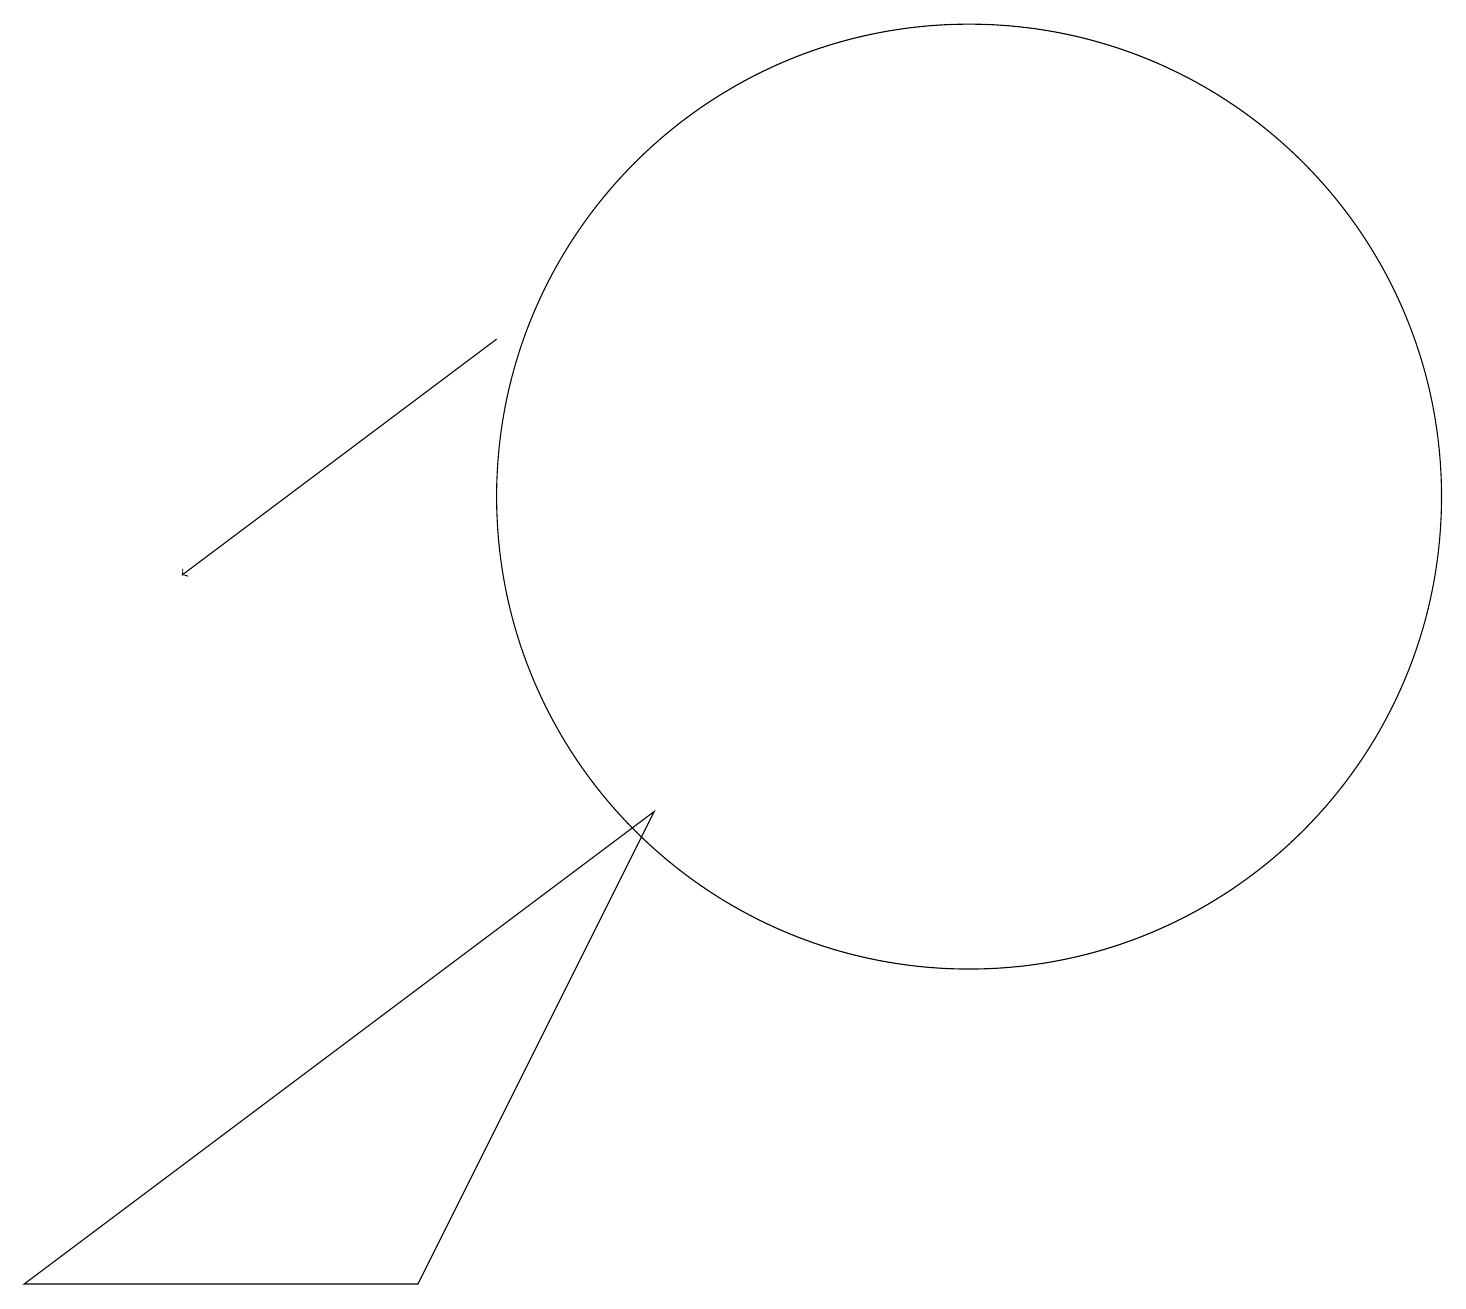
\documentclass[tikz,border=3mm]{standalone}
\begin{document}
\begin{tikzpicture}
\draw[->] (6,13) -- (2,10);
\draw (12,11) circle (6);
\draw (5,1) -- (0,1) -- (8,7) -- cycle;
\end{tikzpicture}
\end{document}